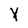
Character: Y